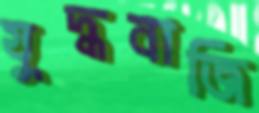
যুদ্ধবাজি